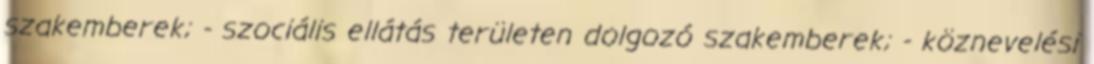
szakemberek; - szociális ellátás területen dolgozó szakemberek; - köznevelési